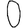
Digit: 0